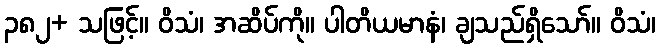
၃၈၂+ သဖြင့်။ ဝိသံ၊ အဆိပ်ကို။ ပါတိယမာနံ၊ ချသည်ရှိသော်။ ဝိသံ၊